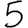
Digit: 5